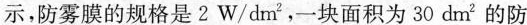
示，防雾膜的规格是2 W/dm^{2}，一块面积为30 dm^{2}的防